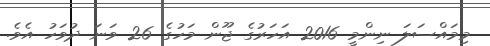
މިމައްސަލަ ނިންމީ 2016 އަހަރުގެ ޖޫން މަހުގެ 26 ވަނަ ދުވަހު އެވެ.